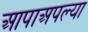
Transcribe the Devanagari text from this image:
आपाअपल्या